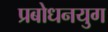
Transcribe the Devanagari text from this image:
प्रबोधनयुग